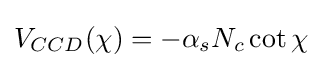
V_{CCD}(\chi )=-\alpha _{s}N_{c}\cot \chi